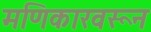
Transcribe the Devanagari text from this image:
मणिकारवरून